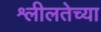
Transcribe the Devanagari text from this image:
श्लीलतेच्या